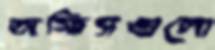
অফিসগুলো